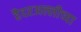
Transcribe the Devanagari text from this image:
हैदरअल्लीच्या